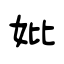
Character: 妣